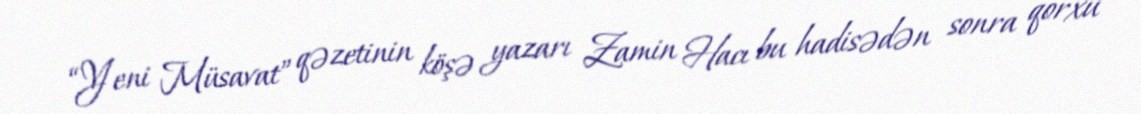
“Yeni Müsavat” qəzetinin köşə yazarı Zamin Hacı bu hadisədən sonra qorxu